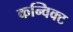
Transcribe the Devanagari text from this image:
कन्विक्ट